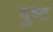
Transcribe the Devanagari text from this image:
दुष्‍ट